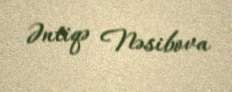
Əntiqə Nəsibova